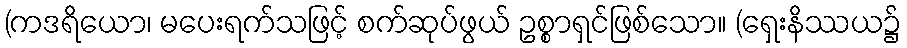
(ကဒရိယော၊ မပေးရက်သဖြင့် စက်ဆုပ်ဖွယ် ဥစ္စာရှင်ဖြစ်သော။ (ရှေးနိဿယ၌